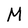
Character: M